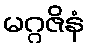
မဂ္ဂဇိနံ